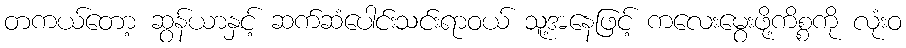
တကယ်တော့ ဆွန်ယာနှင့် ဆက်ဆံပေါင်းသင်းရာဝယ် သူ့အနေဖြင့် ကလေးမွေးဖို့ကိစ္စကို လုံးဝ